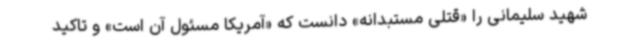
شهید سلیمانی را «قتلی مستبدانه» دانست که «آمریکا مسئول آن است» و تاکید